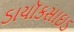
ડાયૉકસાઇડ